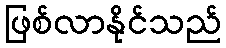
ဖြစ်လာနိုင်သည်